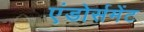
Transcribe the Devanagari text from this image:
एंडोर्समेंट